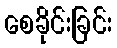
စေခိုင်းခြင်း